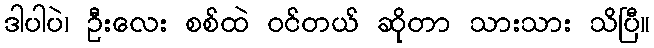
ဒါပါပဲ၊ ဦးလေး စစ်ထဲ ဝင်တယ် ဆိုတာ သားသား သိပြီ။